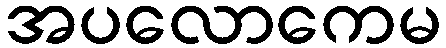
အပလောကေမ